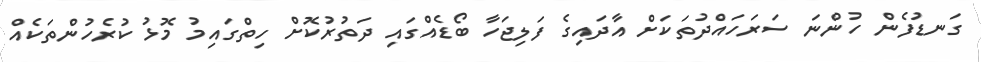
ގަނޑުފެން ހުންނަ ސަރަހައްދުތަކަށް އާދައިގެ ފަލިޖަހާ ބޯޑެއްގައި ދަތުރުކޮށް ހިތްގައިމު މޮޅު ކުރެހުންތަކެއް